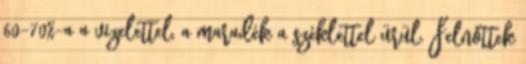
60-70%-a a vizelettel, a maradék a széklettel ürül. Felnőttek